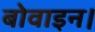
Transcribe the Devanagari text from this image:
बोवाइन।